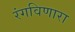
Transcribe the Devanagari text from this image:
रंगविणारा